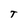
Character: T